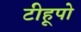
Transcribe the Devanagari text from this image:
टीहूपो